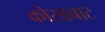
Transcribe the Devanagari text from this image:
कोसाबाट